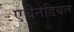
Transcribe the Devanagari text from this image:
एथेनेडियल